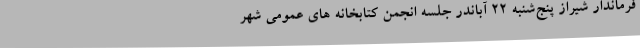
فرماندار شیراز پنج‌شنبه 22 آباندر جلسه انجمن کتابخانه های عمومی شهر